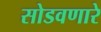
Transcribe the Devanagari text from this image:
सोडवणारे